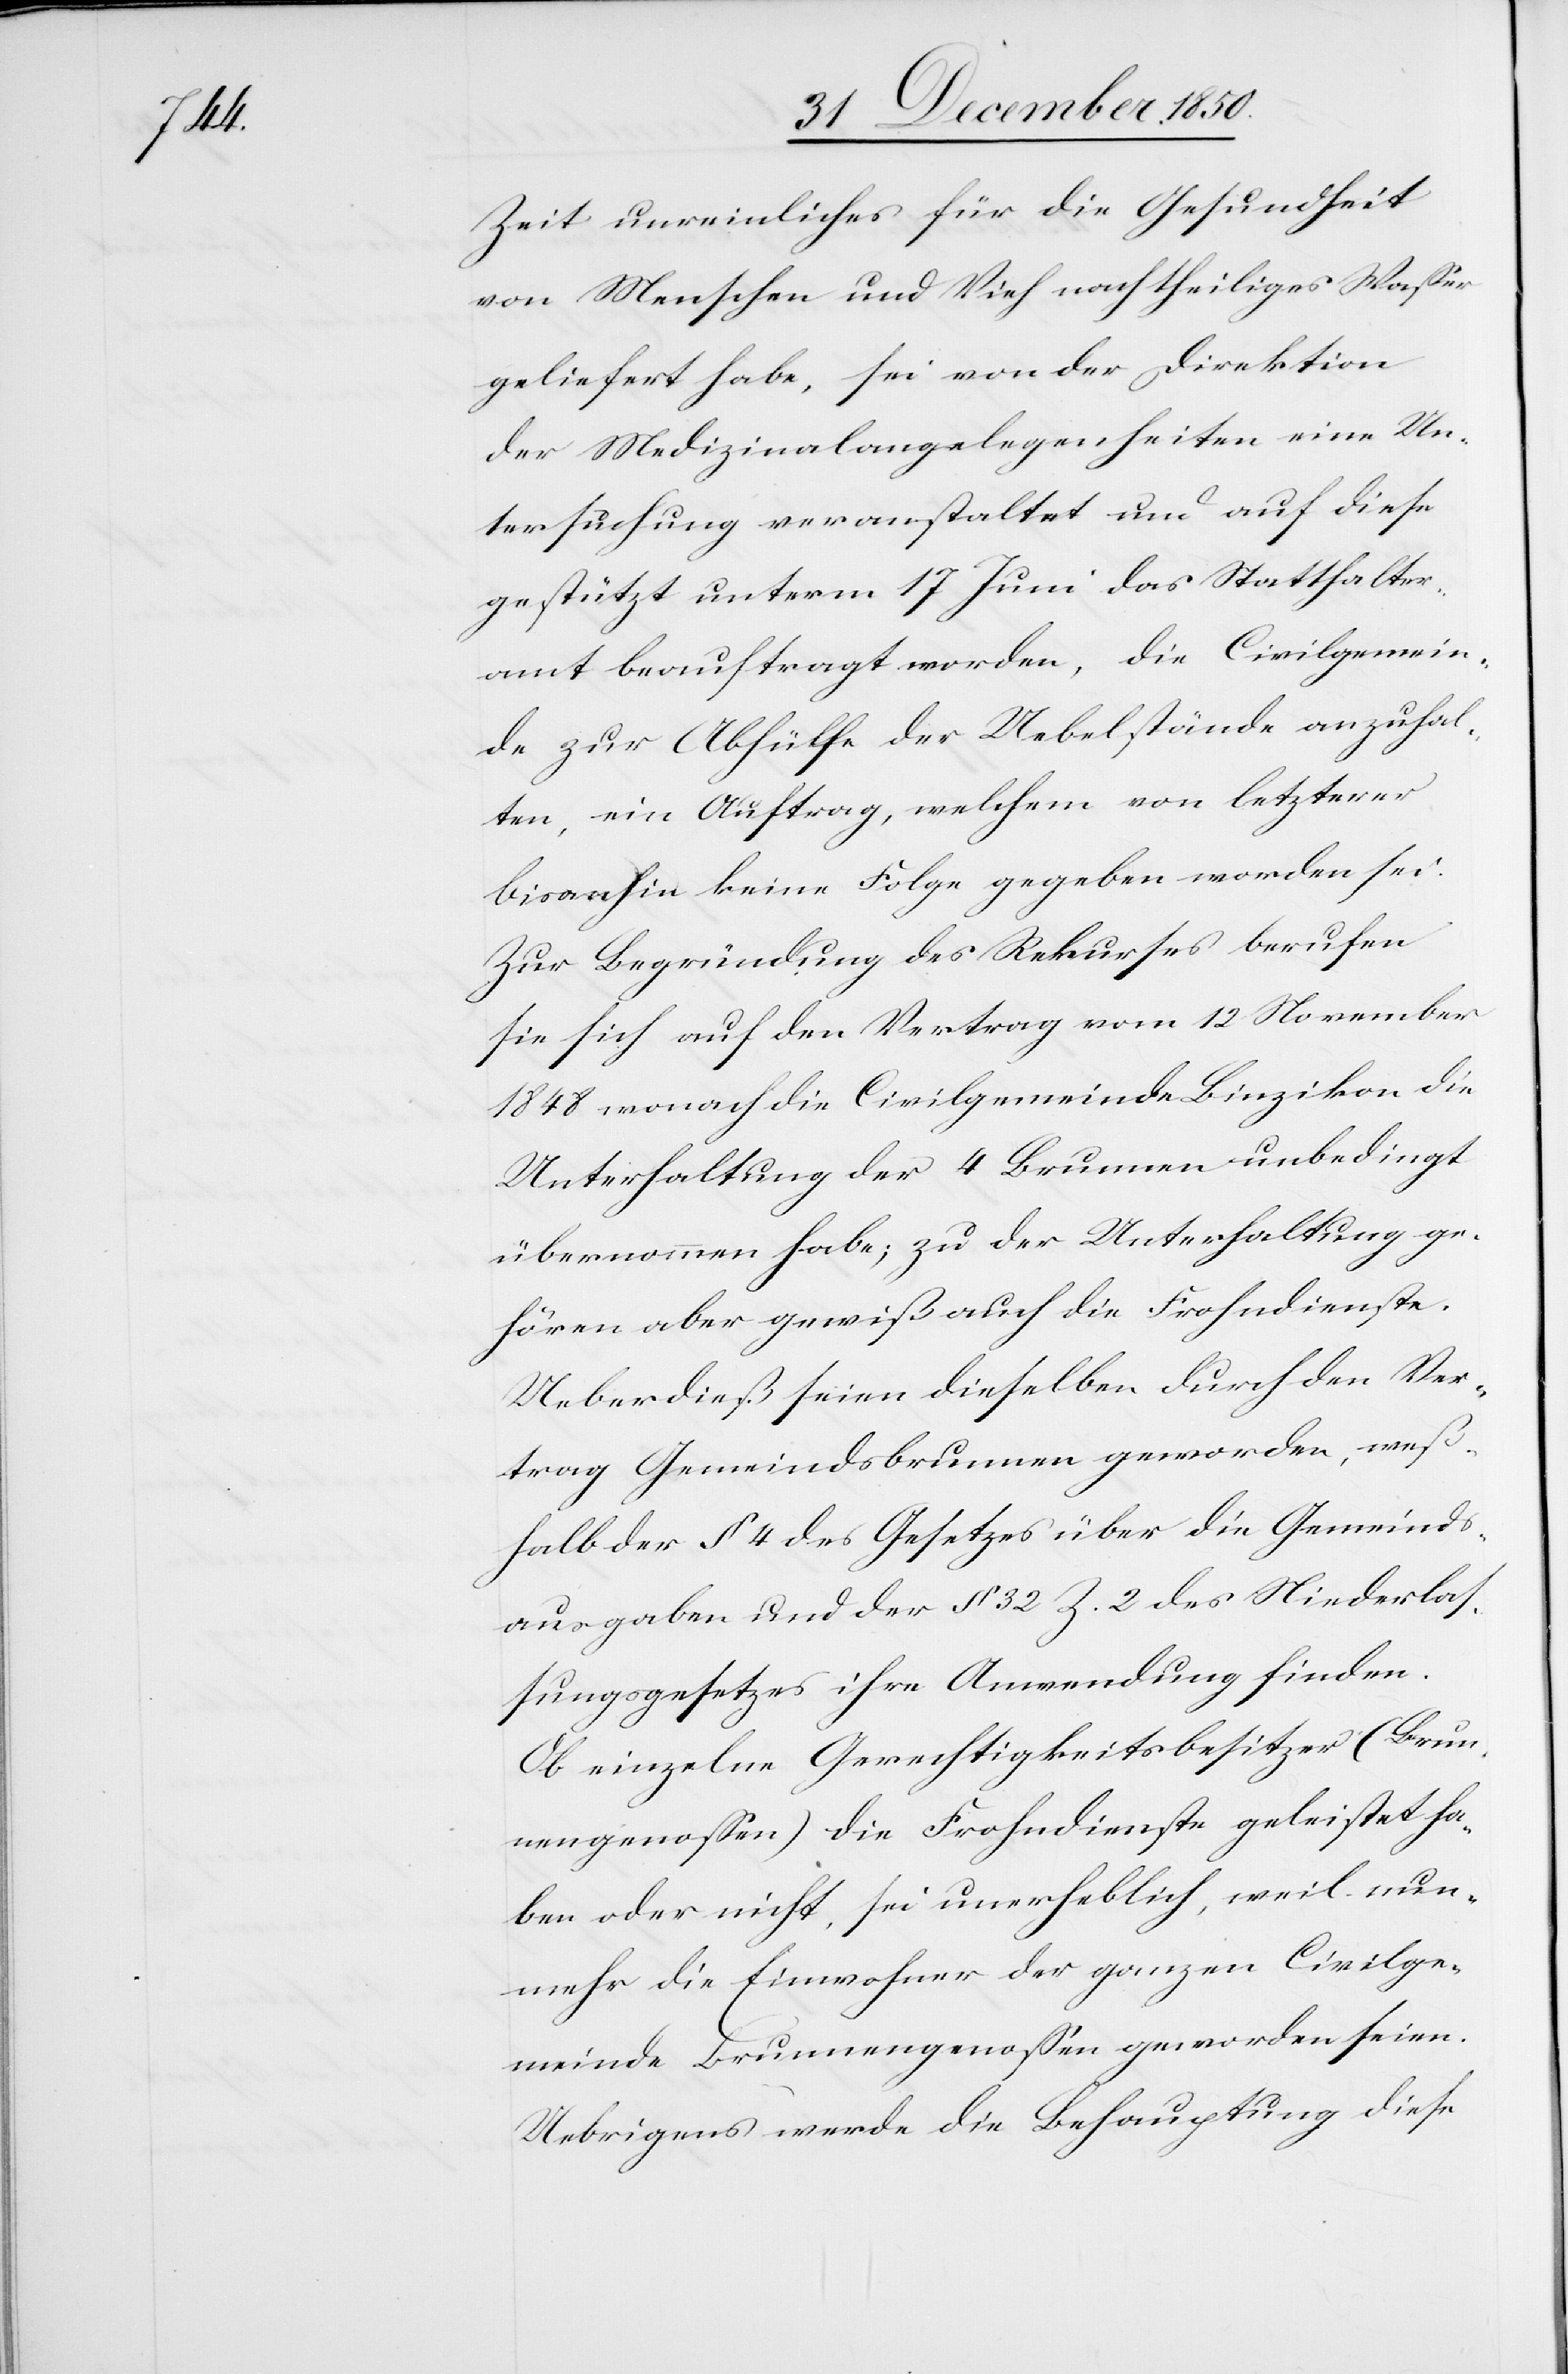
Zeit unreinliches für die Gesundheit
von Menschen und Vieh nachtheiliges Wasser
geliefert habe, sei von der Direktion
der Medizinalangelegenheiten eine Un¬
tersuchung veranstaltet und auf diese
gestützt unterm 17 Juni das Statthalter¬
amt beauftragt worden, die Civilgemein¬
de zur Abhülfe der Uebelstände anzuhal¬
ten, ein Auftrag, welchem von letzterer
bisanhin keine Folge gegeben worden sei.
Zur Begründung des Rekurses berufen
sie sich auf den Vertrag vom 12 November
1848 wonach die Civilgemeinde Binzikon die
Unterhaltung der 4 Brunnen unbedingt
übernommen habe; zu der Unterhaltung ge¬
hören aber gewiß auch die Frohndienste.
Ueberdieß seien dieselben durch den Ver¬
trag Gemeindsbrunnen geworden, weß¬
halb der § 4 des Gesetzes über die Gemeinds¬
ausgaben und der § 32 Z. 2 des Niederlas¬
sungsgesetzes ihre Anwendung finden.
Ob einzelne Gerechtigkeitsbesitzer (Brun¬
nengenossen) die Frohndienste geleistet ha¬
ben oder nicht, sei unerheblich, weil nun¬
mehr die Einwohner der ganzen Civilge¬
meinde Brunnengenossen geworden seien.
Uebrigens werde die Behauptung diese